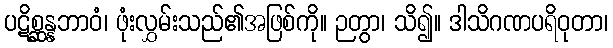
ပဋိစ္ဆန္နဘာဝံ၊ ဖုံးလွှမ်းသည်၏အဖြစ်ကို။ ဉတွာ၊ သိ၍။ ဒါသိဂဏပရိဝုတာ၊